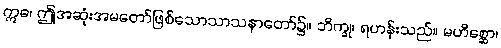
ဣဓ၊ ဤအဆုံးအမတော်ဖြစ်သောသာသနာတော်၌။ ဘိက္ခု၊ ရဟန်းသည်။ မဟိစ္ဆော၊